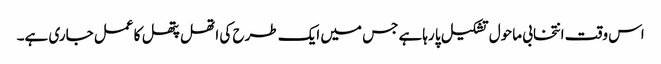
اس وقت انتخابی ماحول تشکیل پا رہاہے جس میں ایک طرح کی اتھل پتھل کا عمل جاری ہے۔